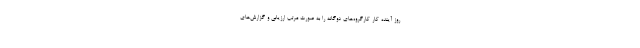
روز آینده کار کارگروه‌های دوگانه را به صورت مرتب ارزیابی و گزارش‌های